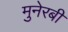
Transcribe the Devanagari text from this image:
मुनेरबी